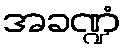
အခဏ္ဍံ